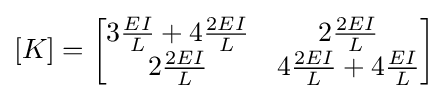
\left[K\right]={\begin{bmatrix}3{\frac {EI}{L}}+4{\frac {2EI}{L}}&2{\frac {2EI}{L}}\\2{\frac {2EI}{L}}&4{\frac {2EI}{L}}+4{\frac {EI}{L}}\end{bmatrix}}